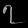
Digit: ၇